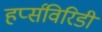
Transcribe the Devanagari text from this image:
हर्प्सविरिडी